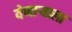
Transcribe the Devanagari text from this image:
येणार्‍याला